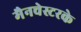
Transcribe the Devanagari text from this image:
मैनचेस्टरके